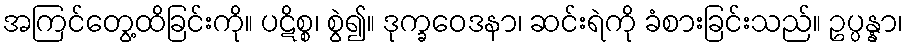
အကြင်တွေ့ထိခြင်းကို။ ပဋိစ္စ၊ စွဲ၍။ ဒုက္ခဝေဒနာ၊ ဆင်းရဲကို ခံစားခြင်းသည်။ ဥပ္ပန္နာ၊